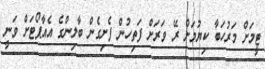
ޓީމަށް މަރުހަބާ ކިޔުމަށް ރޭ ވަރަށް ފަތިހުން ފެށިގެން ބާލިންގެ އެއާޕޯޓަށް ވަނީ